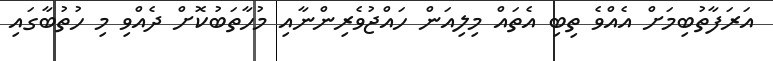
އަރަފާތުބިމަށް އެއްވެ ތިބި އެތައް މިލިއަން ހައްޖުވެރިންނާއި މުހާތަބުކޮށް ދެއްވި މި ހުތުބާގައި